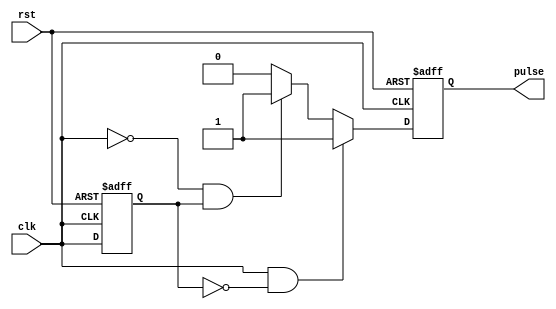
module pulse_edge_detector (
    input wire clk,         // Input signal
    input wire rst,         // Reset signal
    output reg pulse        // Pulse output
);

    reg previous_state;     // Register to hold the previous state of the input signal

    // Edge detection logic
    always @(posedge clk or posedge rst) begin
        if (rst) begin
            previous_state <= 1'b0; // Initialize previous state to low on reset
            pulse <= 1'b0;          // Initialize pulse output to low on reset
        end else begin
            // Detect rising edge
            if (clk == 1'b1 && previous_state == 1'b0) begin
                pulse <= 1'b1; // Generate pulse on rising edge
            end
            // Detect falling edge
            else if (clk == 1'b0 && previous_state == 1'b1) begin
                pulse <= 1'b1; // Generate pulse on falling edge
            end
            else begin
                pulse <= 1'b0; // Set pulse to low otherwise
            end
            
            previous_state <= clk; // Update the previous state
        end
    end

endmodule